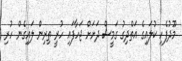
މޫދުފެހި ކުލައިގެ އަތްދިގު ގަމީސް ދަށަށް ޖަހާފައި ހުރީ ތިރިން ލައިގެން ހުރި